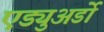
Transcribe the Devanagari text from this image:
एड्युअर्डो